Report of the Indian Hemp Drugs Commission, 1894-1895 - Volume I
Year: 1894
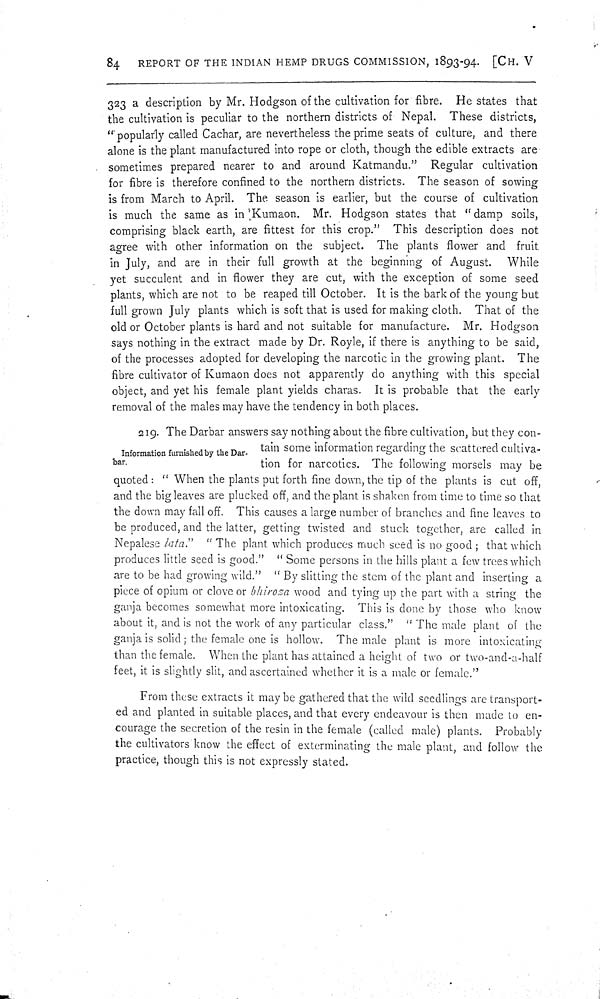
84
REPORT OF THE INDIAN HEMP DRUGS COMMISSION, 1893-94. [CH. V
323 a description by Mr. Hodgson of the cultivation for fibre. He states that
the cultivation is peculiar to the northern districts of Nepal. These districts,
"popularly called Cachar, are nevertheless the prime seats of culture, and there
alone is the plant manufactured into rope or cloth, though the edible extracts are
sometimes prepared nearer to and around Katmandu." Regular cultivation
for fibre is therefore confined to the northern districts. The season of sowing
is from March to April. The season is earlier, but the course of cultivation
is much the same as in Kumaon. Mr. Hodgson states that "damp soils,
comprising black earth, are fittest for this crop." This description does not
agree with other information on the subject. The plants flower and fruit
in July, and are in their full growth at the beginning of August.
While
yet succulent and in flower they are cut, with the exception of some seed
plants, which are not to be reaped till October. It is the bark of the young but
full grown July plants which is soft that is used for making cloth. That of the
old or October plants is hard and not suitable for manufacture. Mr. Hodgson
says nothing in the extract made by Dr. Royle, if there is anything to be said,
of the processes adopted for developing the narcotic in the growing plant. The
fibre cultivator of Kumaon does not apparently do anything with this special
object, and yet his female plant yields charas. It is probable that the early
removal of the males may have the tendency in both places.
Information furnished by the Dar-
bar.
219. The Darbar answers say nothing about the fibre cultivation, but they con-
tain some information regarding the scattered cultiva-
tion for narcotics. The following morsels may be
quoted: "When the plants put forth fine down, the tip of the plants is cut off,
and the big leaves are plucked off, and the plant is shaken from time to time so that
the down may fall off. This causes a large number of branches and fine leaves to
be produced, and the latter, getting twisted and stuck together, are called in
Nepalese lata." "The plant which produces much seed is no good; that which
produces little seed is good." "Some persons in the hills plant a few trees which
are to be had growing wild." "By slitting the stem of the plant and inserting a
piece of opium or clove or bhiroza wood and tying up the part with a string the
ganja becomes somewhat more intoxicating. This is done by those who know
about it, and is not the work of any particular class." "The male plant of the
ganja is solid; the female one is hollow. The male plant is more intoxicating
than the female. When the plant has attained a height of two or two-and-a-half
feet, it is slightly slit, and ascertained whether it is a male or female."
From these extracts it may be gathered that the wild seedlings are transport-
ed and planted in suitable places, and that every endeavour is then made to en-
courage the secretion of the resin in the female (called male) plants. Probably
the cultivators know the effect of exterminating the male plant, and follow the
practice, though this is not expressly stated.